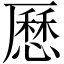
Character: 𠪾